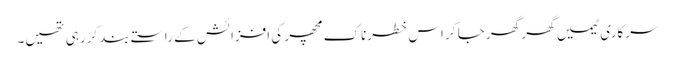
سرکاری ٹیمیں گھر گھر جا کر اس خطرناک مچھر کی افزائش کے راستے بند کررہی تھیں۔